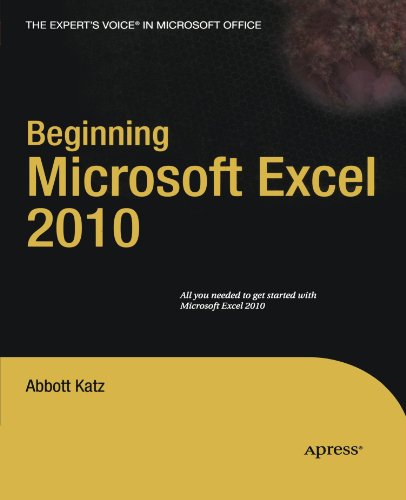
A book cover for Beginning Microsoft Excel 2010 (Expert's Voice); Abbott Katz; Computers & Technology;